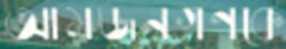
আমজনগণকে